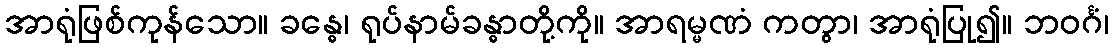
အာရုံဖြစ်ကုန်သော။ ခန္ဓေ၊ ရုပ်နာမ်ခန္ဓာတို့ကို။ အာရမ္မဏံ ကတွာ၊ အာရုံပြု၍။ ဘဝင်္ဂံ၊